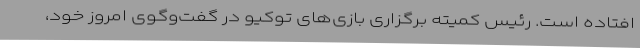
افتاده است. رئیس کمیته برگزاری بازی‌های توکیو در گفت‌وگوی امروز خود،